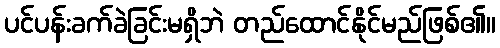
ပင်ပန်းခက်ခဲခြင်းမရှိဘဲ တည်ထောင်နိုင်မည်ဖြစ်၏။